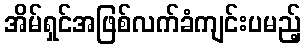
အိမ်ရှင်အဖြစ်လက်ခံကျင်းပမည့်